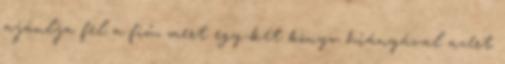
ajánlja fel a fiú, mert egy-két könyv hiányával azért